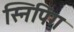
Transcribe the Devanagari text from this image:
स्निपिंग